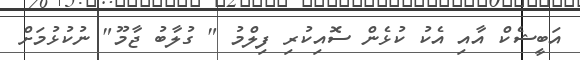
އަބީޝެކް އާއި އެކު ކުޅެން ސޮއިކުރި ފިލްމު " ގުލާބު ޖާމޫ" ނުކުޅުމަށް